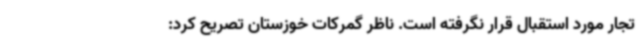
تجار مورد استقبال قرار نگرفته است. ناظر گمرکات خوزستان تصریح کرد: